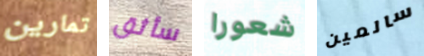
تمارين سأثق شعورا سالمين